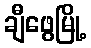
ချီဖွေမြို့